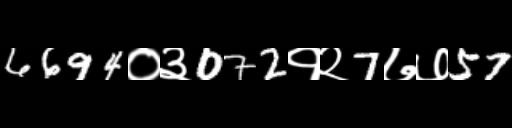
Text: 6694०३072१२7७७57